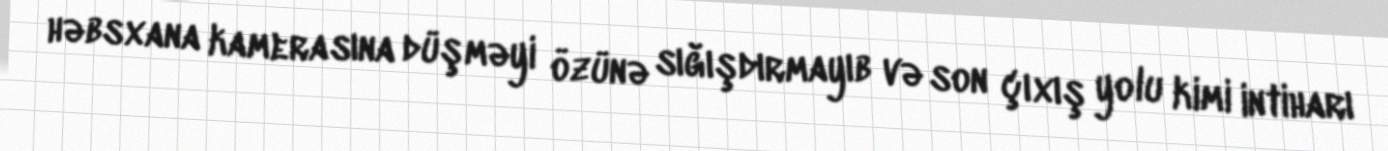
həbsxana kamerasına düşməyi özünə sığışdırmayıb və son çıxış yolu kimi intiharı